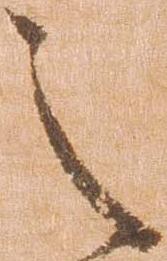
之